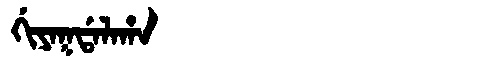
Manchu: ᡤᡳᠶᠠᡴᡩᠠᠯᠠᡥᠠ
Romanization: GIYAKDALAHA